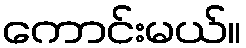
ကောင်းမယ်။